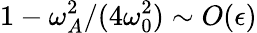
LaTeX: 1-\omega_{A}^{2}/(4\omega_{0}^{2})\sim O(\epsilon)